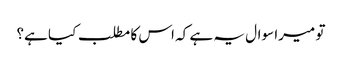
تو میرا سوال یہ ہے کہ اس کا مطلب کیا ہے؟